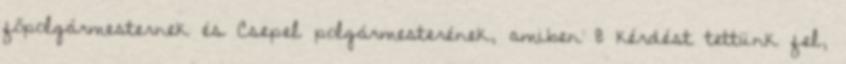
főpolgármesternek és Csepel polgármesterének, amiben 8 kérdést tettünk fel,